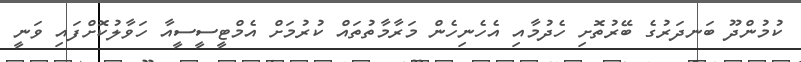
ކުމުންދޫ ބަނދަރުގެ ބޭރުތޮށި ހެދުމާއި އެހެނިހެން މަރާމާތުތައް ކުރުމަށް އެމްޓީސީސީއާ ހަވާލުކޮށްފައި ވަނީ